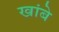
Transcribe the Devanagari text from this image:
खांबे